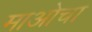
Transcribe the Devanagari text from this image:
माओचा